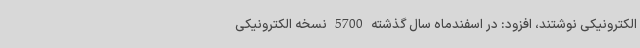
الکترونیکی نوشتند، افزود: در اسفندماه سال گذشته 5700 نسخه الکترونیکی